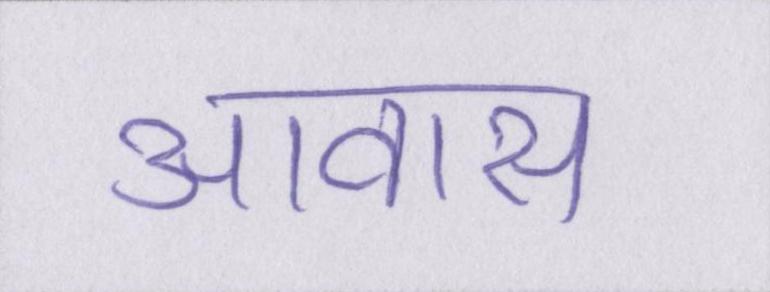
आवास